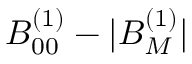
B _ { 0 0 } ^ { ( 1 ) } - | B _ { M } ^ { ( 1 ) } |